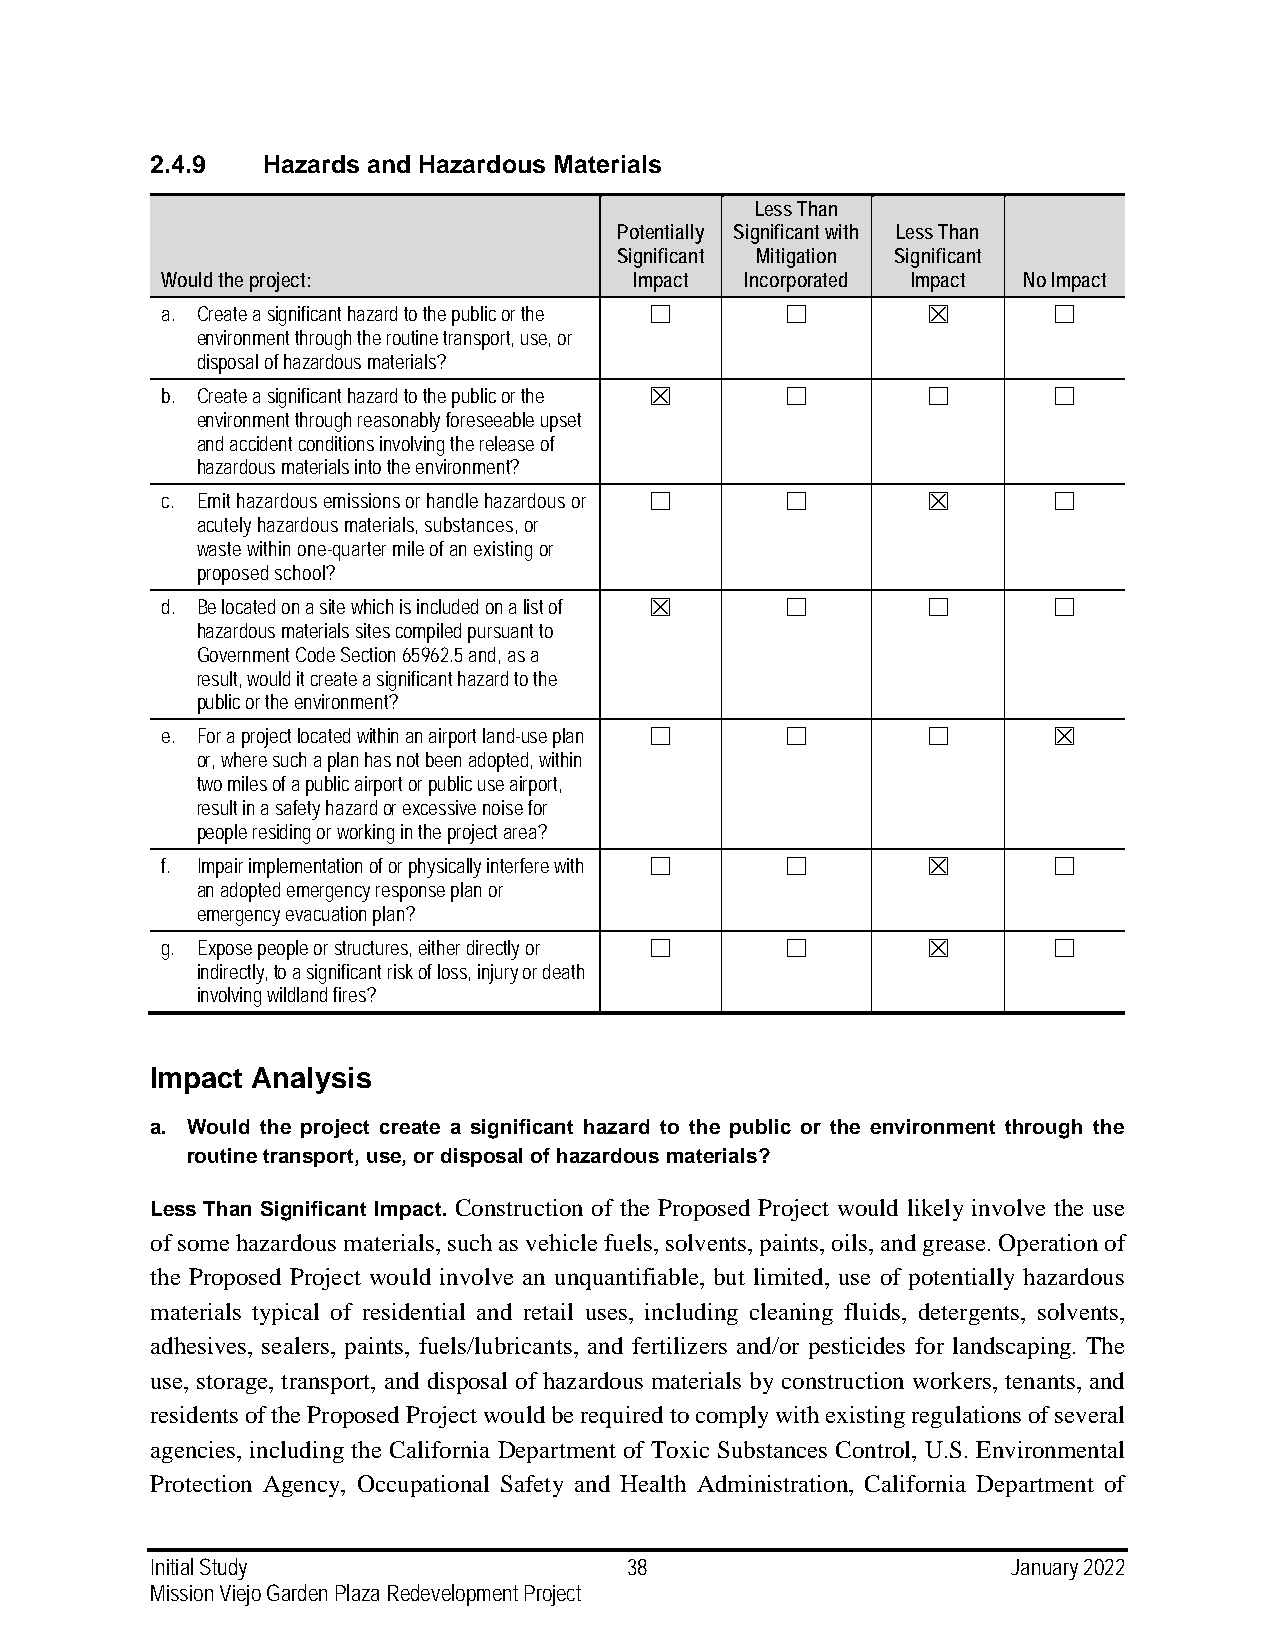
2.4.9  Hazards and Hazardous Materials
 Less Than
 Potentially Significant with Less Than
 Significant Mitigation Significant
 Would the project:             Impact Incorporated Impact No Impact
 a. Create a significant hazard to the public or the ☐ ☐ ☒  ☐
 environment through the routine transport, use, or
 disposal of hazardous materials?
 b. Create a significant hazard to the public or the ☒ ☐ ☐  ☐
 environment through reasonably foreseeable upset
 and accident conditions involving the release of
 hazardous materials into the environment?
 c. Emit hazardous emissions or handle hazardous or ☐ ☐ ☒   ☐
 acutely hazardous materials, substances, or
 waste within one-quarter mile of an existing or
 proposed school?
 d. Be located on a site which is included on a list of ☒ ☐ ☐ ☐
 hazardous materials sites compiled pursuant to
 Government Code Section 65962.5 and, as a
 result, would it create a significant hazard to the
 public or the environment?
 e. For a project located within an airport land-use plan ☐ ☐ ☐ ☒
 or, where such a plan has not been adopted, within
 two miles of a public airport or public use airport,
 result in a safety hazard or excessive noise for
 people residing or working in the project area?
 f. Impair implementation of or physically interfere with ☐ ☐ ☒ ☐
 an adopted emergency response plan or
 emergency evacuation plan?
 g. Expose people or structures, either directly or ☐ ☐ ☒   ☐
 indirectly, to a significant risk of loss, injury or death
 involving wildland fires?
 Impact Analysis
 a. Would the project create a significant hazard to the public or the environment through the
 routine transport, use, or disposal of hazardous materials?
 Less Than Significant Impact. Construction of the Proposed Project would likely involve the use
 of some hazardous materials, such as vehicle fuels, solvents, paints, oils, and grease. Operation of
 the Proposed Project would involve an unquantifiable, but limited, use of potentially hazardous
 materials typical of residential and retail uses, including cleaning fluids, detergents, solvents,
 adhesives, sealers, paints, fuels/lubricants, and fertilizers and/or pesticides for landscaping. The
 use, storage, transport, and disposal of hazardous materials by construction workers, tenants, and
 residents of the Proposed Project would be required to comply with existing regulations of several
 agencies, including the California Department of Toxic Substances Control, U.S. Environmental
 Protection Agency, Occupational Safety and Health Administration, California Department of
 Initial Study                   38                       January 2022
 Mission Viejo Garden Plaza Redevelopment Project